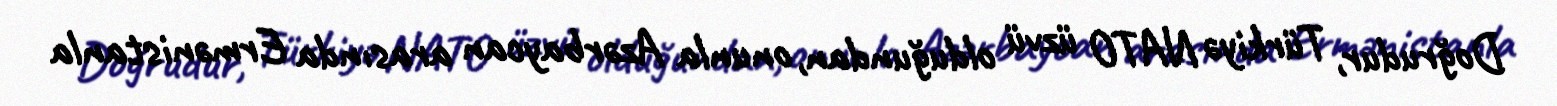
Doğrudur, Türkiyə NATO üzvü olduğundan, onunla Azərbaycan arasında Ermənistanla